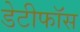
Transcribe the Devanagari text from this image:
डेटीफाॅस